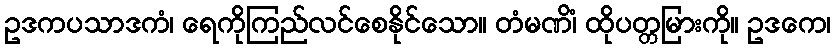
ဥဒကပသာဒကံ၊ ရေကိုကြည်လင်စေနိုင်သော။ တံမဏိံ၊ ထိုပတ္တမြားကို။ ဥဒကေ၊